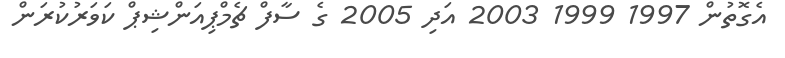
އެގޮތުން 1997 1999 2003 އަދި 2005 ގެ ސާފް ޗެމްޕިއަންޝިޕް ކަވަރުކުރަން